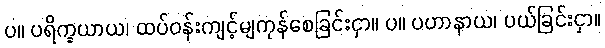
ပ။ ပရိက္ခယာယ၊ ထပ်ဝန်းကျင့်မျကုန်စေခြင်းငှာ။ ပ။ ပဟာနာယ၊ ပယ်ခြင်းငှာ။